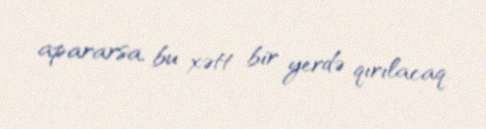
apararsa, bu xətt bir yerdə qırılacaq.